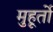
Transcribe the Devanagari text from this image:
मुहूर्तो